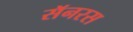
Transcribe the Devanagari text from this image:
सॅनरस